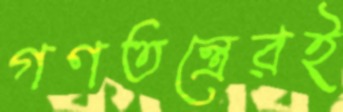
গণতন্ত্রেরই